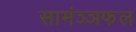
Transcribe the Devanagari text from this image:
सामंञ्ञफल